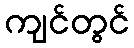
ကျင်တွင်